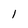
Character: 1